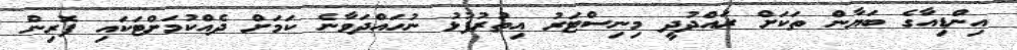
އިންޑިއާގެ ބަޔާން ތަކަށް ރައްދުދީ މިނިސްޓަރު އިތުރުފުޅު ނުހައްދަވާނެ ކަމަށް ދެއްކުމަށްޓަކައި ފޮރިން